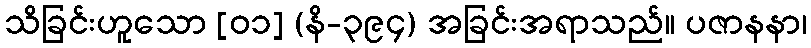
သိခြင်းဟူသော [၀၁] (နိ-၃၉၄) အခြင်းအရာသည်။ ပဇာနနာ၊